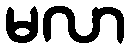
မလာ